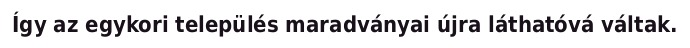
Így az egykori település maradványai újra láthatóvá váltak.